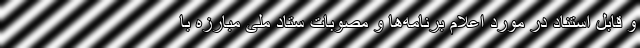
و قابل استناد در مورد اعلام برنامه‌ها و مصوبات ستاد ملی مبارزه با